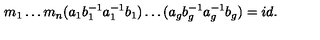
m _ { 1 } \ldots m _ { n } ( a _ { 1 } b _ { 1 } ^ { - 1 } a _ { 1 } ^ { - 1 } b _ { 1 } ) \ldots ( a _ { g } b _ { g } ^ { - 1 } a _ { g } ^ { - 1 } b _ { g } ) = i d .